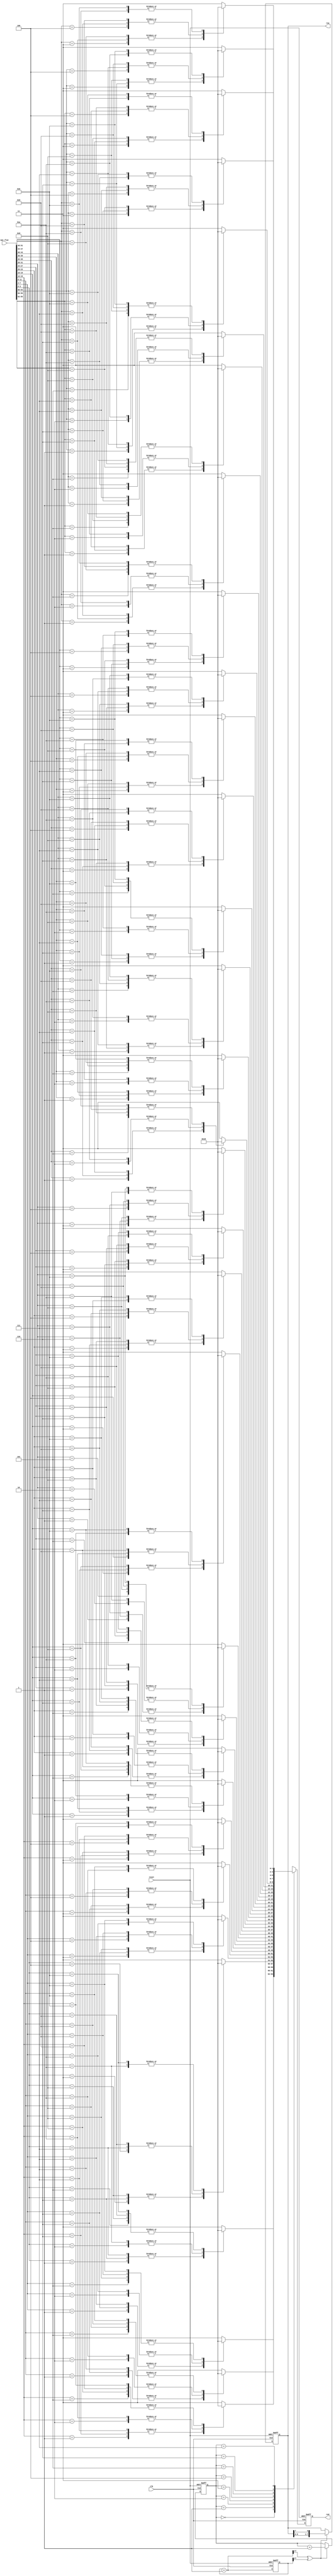
module LEDmatrix8(reset,clk,mat_flat,row,red);
    input           reset,clk;
    input   [63:0]  mat_flat;
	output  [7:0]   row;
	output  [7:0]   red;
/*          j
     _ _ _ _ _ _ _ _                 pixel
    |               |                -  -
    |               |              | 3  2 |
    |               |              | 1  0 |
i   |   mat[i][j]   |                -  -
    |               |
    |               |
    |               |
    |_ _ _ _ _ _ _ _|
*/    
/*   0 1 2 3 4 5 6 7 
     _ _ _ _ _ _ _ _             
   0|               |             
   1|               |           
   2|               |             
i  3|   patten[i]   |              
   4|               |
   5|               |
   6|               |
   7|_ _ _ _ _ _ _ _|
*/
    parameter pixel_0  = 4'b1111;
    parameter pixel_1  = 4'b0111;
    parameter pixel_2  = 4'b1011;
    parameter pixel_3  = 4'b1101;
    parameter pixel_4  = 4'b1110;
    parameter pixel_5  = 4'b0011;
    parameter pixel_6  = 4'b0101;
    parameter pixel_7  = 4'b0110;
    parameter pixel_8  = 4'b0001;
    parameter pixel_9  = 4'b0010;
    parameter pixel_10 = 4'b1000;
    parameter pixel_11 = 4'b0000;
    reg     [3:0]   mat[0:3][0:3];
    integer i,j;
    always@(*) begin
        for(i=0;i<4;i=i+1) 
            for(j=0;j<4;j=j+1)
                mat[i][j][3:0] = mat_flat[16*i+4*j+:4];
    end
    reg     [0:7]   pattern[0:7];
    reg     [23:0]  slow_clk,next_slow_clk;
    reg     [7:0]   row,next_row;
    reg     [2:0]   row_count;
    reg     [7:0]   red,next_red;
    always@(*) begin//pattern
        for(i=0;i<4;i=i+1) 
            for(j=0;j<4;j=j+1) begin
                case(mat[i][j])
                    4'd0 : {pattern[2*i][2*j+:2],pattern[2*i+1][2*j+:2]} = pixel_0 ;
                    4'd1 : {pattern[2*i][2*j+:2],pattern[2*i+1][2*j+:2]} = pixel_1 ;
                    4'd2 : {pattern[2*i][2*j+:2],pattern[2*i+1][2*j+:2]} = pixel_2 ;
                    4'd3 : {pattern[2*i][2*j+:2],pattern[2*i+1][2*j+:2]} = pixel_3 ;
                    4'd4 : {pattern[2*i][2*j+:2],pattern[2*i+1][2*j+:2]} = pixel_4 ;
                    4'd5 : {pattern[2*i][2*j+:2],pattern[2*i+1][2*j+:2]} = pixel_5 ;
                    4'd6 : {pattern[2*i][2*j+:2],pattern[2*i+1][2*j+:2]} = pixel_6 ;
                    4'd7 : {pattern[2*i][2*j+:2],pattern[2*i+1][2*j+:2]} = pixel_7 ;
                    4'd8 : {pattern[2*i][2*j+:2],pattern[2*i+1][2*j+:2]} = pixel_8 ;
                    4'd9 : {pattern[2*i][2*j+:2],pattern[2*i+1][2*j+:2]} = pixel_9 ;
                    4'd10: {pattern[2*i][2*j+:2],pattern[2*i+1][2*j+:2]} = pixel_10;
                    4'd11: {pattern[2*i][2*j+:2],pattern[2*i+1][2*j+:2]} = pixel_11;
                    default:{pattern[2*i][2*j+:2],pattern[2*i+1][2*j+:2]}= 4'b1111; 
                 endcase
            end
    end
/*	always@(*) begin
		for(i=0;i<8;i=i+1) pattern[i] = 8'd0;
	end//debug*/
    always@(*) begin
        next_row = {row[6:0],row[7]};//shift
        next_slow_clk = slow_clk +1;
        next_red = pattern[row_count];
    end
    always@(negedge reset or posedge clk) begin
        if(!reset) begin
            slow_clk <= 0;
            row_count <= 3'd0;
            row <= 8'd1;
            red <= 8'd255;
        end
        else begin
            slow_clk <= next_slow_clk;
            if(next_slow_clk[17]^slow_clk[17]) begin
                row_count <= row_count +3'd1;
                row <= next_row;
            end
            red <= next_red;
        end    
    end
endmodule